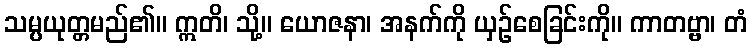
သမ္ပယုတ္တမည်၏။ ဣတိ၊ သို့။ ယောဇနာ၊ အနက်ကို ယှဉ်စေခြင်းကို။ ကာတဗ္ဗာ၊ တံ